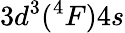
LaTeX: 3d^{3}(^{4}F)4s